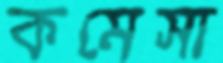
কমেসা